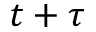
t + \tau